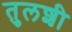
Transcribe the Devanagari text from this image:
तुलशी